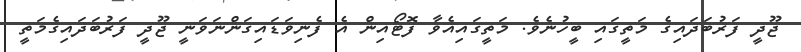
ޖޫދީ ފަރުބަދައިގެ މަތީގައި ބީހުނެވެ. މަތީގައިއެވާ ފޮޓޯއިން އެ ފެނިވަޑައިގަންނަވަނީ ޖޫދީ ފަރުބަދައިގެމަތީ